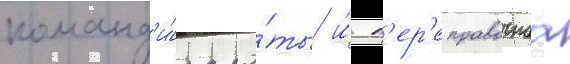
команд'и́ра ро́ты и́ п'ер'еправочнаа